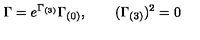
\Gamma = e ^ { \Gamma _ { ( 3 ) } } \Gamma _ { ( 0 ) } , \qquad ( \Gamma _ { ( 3 ) } ) ^ { 2 } = 0